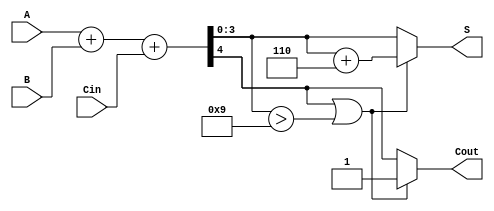
module bcd_adder (
    input  [3:0] A,        // First BCD digit
    input  [3:0] B,        // Second BCD digit
    input        Cin,      // Carry-in
    output [3:0] S,        // BCD Sum
    output       Cout      // Carry-out
);

    wire [4:0] Sum;        // 5-bit wire to hold the binary sum
    wire Adjust;           // Signal to indicate if adjustment is needed

    // Step 1: Binary Addition
    assign Sum = A + B + Cin;

    // Step 2: Check if adjustment is needed
    assign Adjust = (Sum[4] || (Sum[3:0] > 4'b1001));

    // Step 3: Adjust the sum if needed
    wire [4:0] Adjusted_Sum;
    assign Adjusted_Sum = Adjust ? (Sum + 5'b00110) : Sum;  // Add 6 if adjustment is needed

    // Step 4: Outputs assignment
    assign S = Adjusted_Sum[3:0];  // Lower 4 bits are the BCD sum
    assign Cout = Adjust ? 1'b1 : Sum[4]; // Carry-out

endmodule